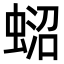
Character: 𧍌